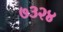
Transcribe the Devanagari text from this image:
७३२४